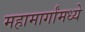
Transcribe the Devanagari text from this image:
महामार्गांमध्ये